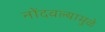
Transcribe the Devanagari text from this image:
नोंदवल्यामुळे